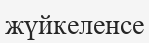
жүйкеленсе